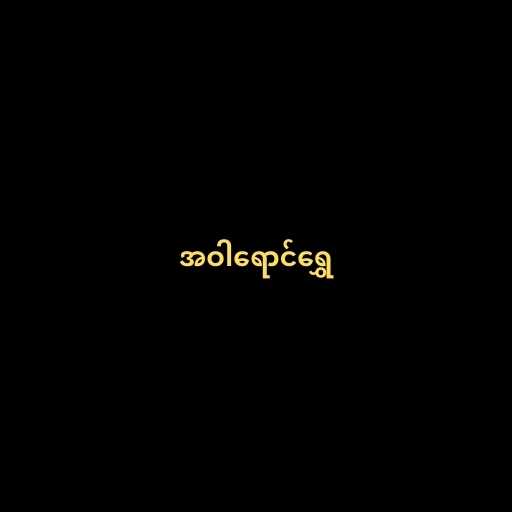
အဝါရောင်ရွှေ